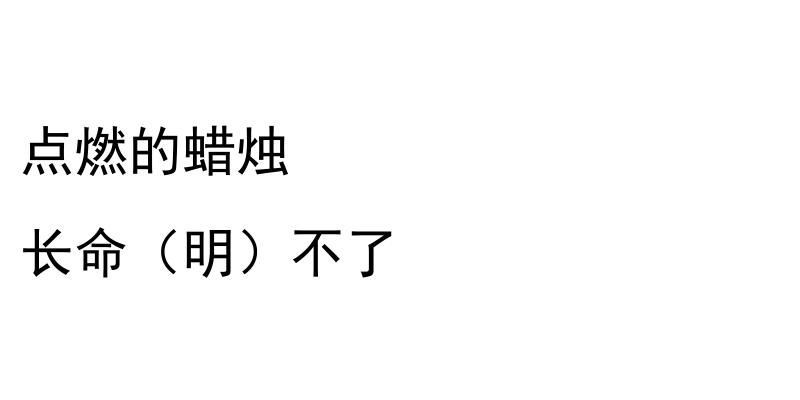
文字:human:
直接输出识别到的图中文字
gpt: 点燃的蜡烛 长命（明）不了